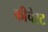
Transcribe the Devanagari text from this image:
कीचेस्ट